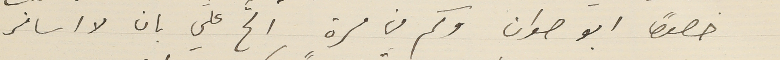
خصوصاً أبو صوان وكم من مرةٍ الحّ عليَّ بان لا اسافر